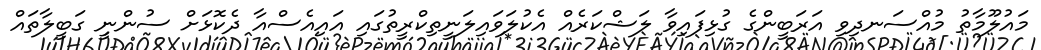
މައުލޫމާތު މުއްސަނދިވި އަރަބީންގެ ގުޅިފައިވާ ލަޝްކަރެއް އެކުލަވައިލަނީތިކްރީތުގައި އައިއެސްއާ ދެކޮޅަށް ސުންނީ ގަބީލާތައް